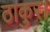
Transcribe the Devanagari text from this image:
ठाकुर।